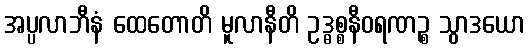
အပ္ပလာဘီနံ ထေတောတိ မူလာနီတိ ဥဒ္ဓစ္စနီဝရဏဉ္စ သွာဒယော